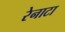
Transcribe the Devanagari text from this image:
रेनाटा